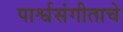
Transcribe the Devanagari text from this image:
पार्श्वसंगीताचे